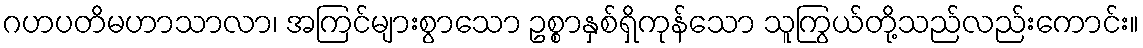
ဂဟပတိမဟာသာလာ၊ အကြင်များစွာသော ဥစ္စာနှစ်ရှိကုန်သော သူကြွယ်တို့သည်လည်းကောင်း။